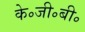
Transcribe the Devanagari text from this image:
के॰जी॰बी॰